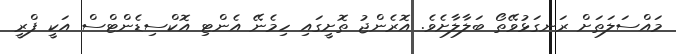
މައްސަލަތަށް ރަނގަޅުވޭތޯ ބަލާލާށެވެ. އޮރެންޖު ތޮށީގައި ހިމެނޭ އެންޓި އޮކްސިޑެންޓްސް އަކީ ފްރީ